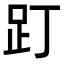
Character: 䟓